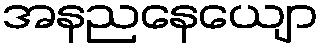
အနညနေယျော